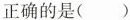
正确的是( )